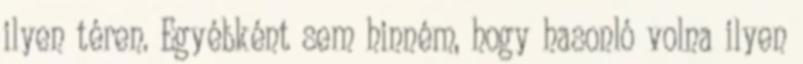
ilyen téren. Egyébként sem hinném, hogy hasonló volna ilyen